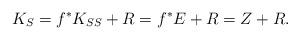
LaTeX: \begin{align*} K_S = f^* K_{\SS} + R = f^*E + R = Z + R. \end{align*}